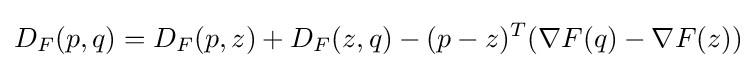
D_{F}(p,q)=D_{F}(p,z)+D_{F}(z,q)-(p-z)^{T}(\nabla F(q)-\nabla F(z))